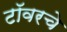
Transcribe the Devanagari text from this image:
टॉवरचे